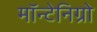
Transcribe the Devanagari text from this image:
मॉन्टेनिग्रो